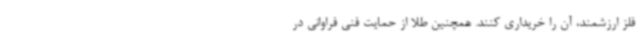
فلز ارزشمند، آن را خریداری کنند. همچنین طلا از حمایت فنی فراوانی در